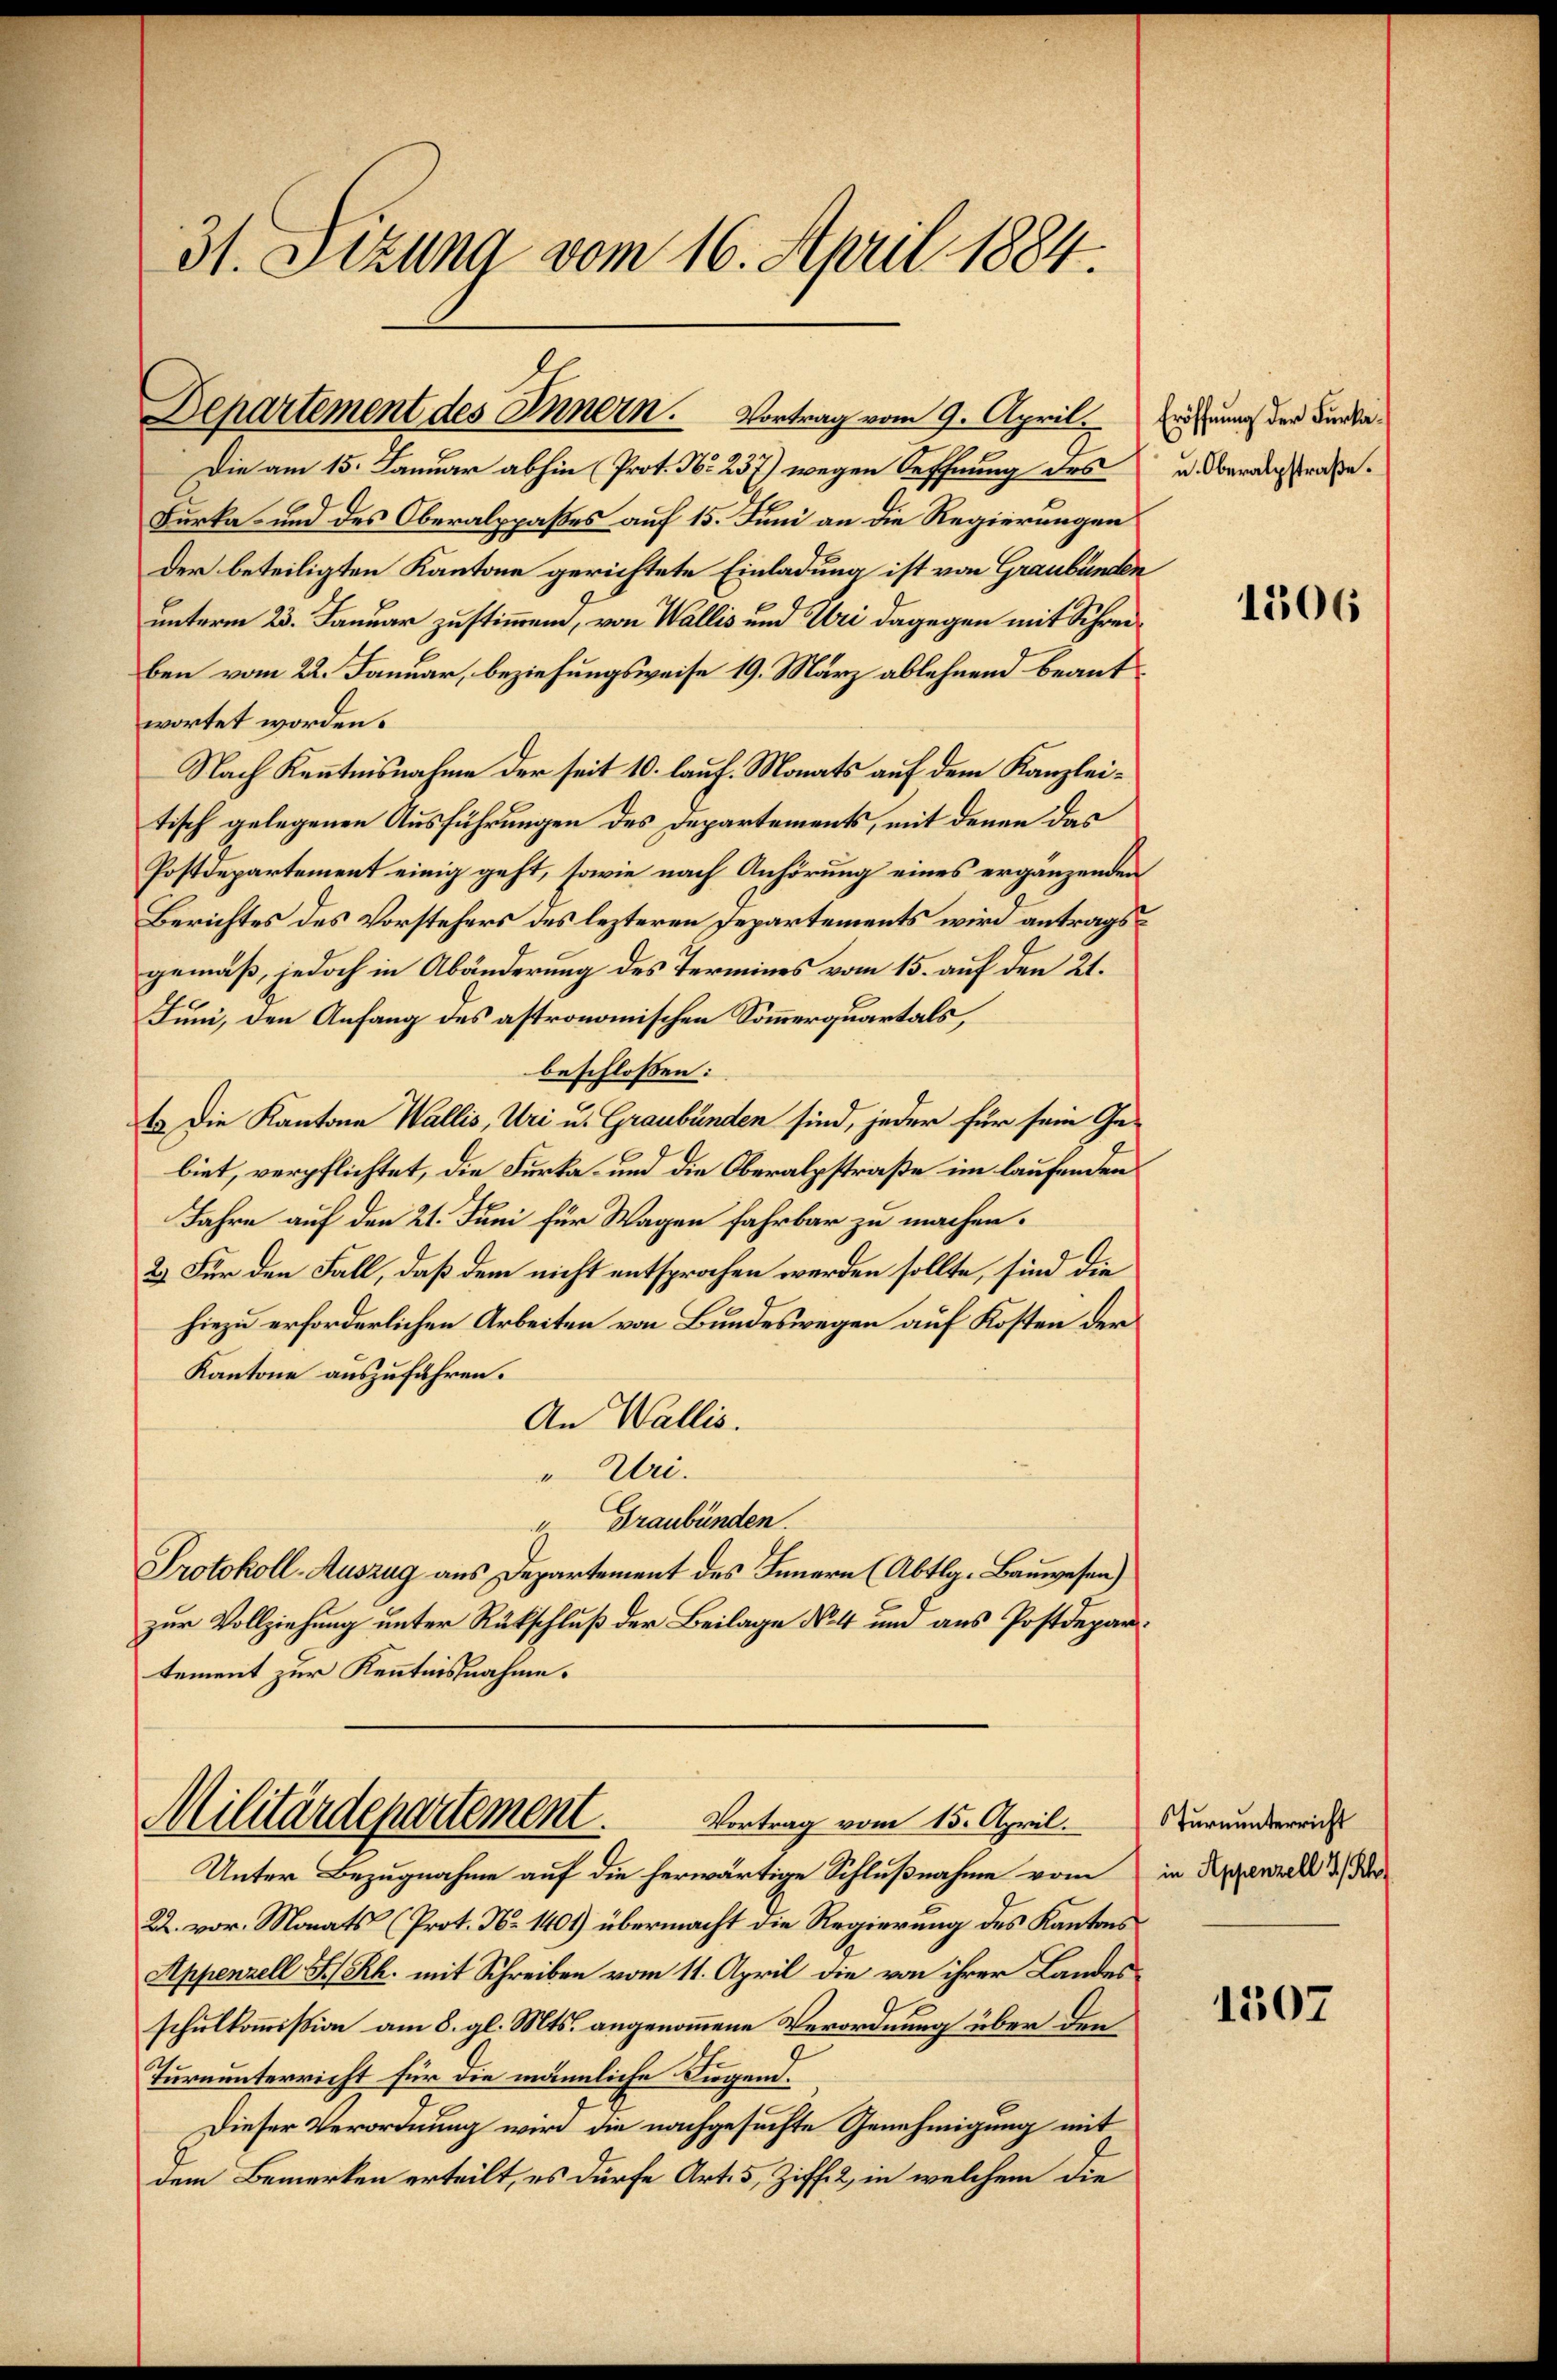
Die am 15. Januar abhin (Prot. No 237) wegen Oeffnung des
Furka und des Oberalppaßes auf 15. Juni an die Regierungen
der beteiligten Kantone gerichtete Einladung ist von Graubünden
unterm 23. Januar zustimmend, von Wallis und Uri dagegen mit Schreiben vom 22. Januar, beziehungsweise 19. März ablehnend beantwortet worden.
Nach Kenntnisnahme der seit 10. lauf. Monats auf dem Kanzleitisch gelegenen Ausführungen des Departements, mit denen das
Postdepartement einig geht, sowie nach Anhörung eines ergänzenden
Berichtes des Vorstehers des lezteren Departements wird antrags
gemäß, jedoch in Abänderung des Termines vom 15. auf den 21.
Juni, den Anfang des astronomischen Sommerquartals,
beschlossen:
b. Die Kantone Wallis, Uri u. Graubünden sind, jeder für sein Gebiet, verpflichtet, die Furka und die Oberalpstraße im laufenden
Jahre auf den 21. Juni für Wagen fahrbar zu machen.
2) Für den Fall, daß dem nicht entsprochen werden sollte, sind die
hiezu erforderlichen Arbeiten von Bundeswegen auf Kosten der
Kantone auszuführen.
An Wallis.
" Uri.
“ Graubünden.
Protokoll-Auszug aus Departement des Innern (Abtlg. Bauwesen)
zur Vollziehung unter Rückschluß der Beilage No 4 und aus Postdepartement zur Kenntnisnahme.

31. Setzung vom 16. April 1884.

Departement des Innern. Vortrag vom 9. April

Militärdepartement.
Vortrag vom 15. April.

Unter Bezugnahme auf die herwärtige Schlußnahme vom in Appenzell, der
22. vor. Monats (Prot. No 1401) übermacht die Regierung des Kantons¬
Appenzell HRh. mit Schreiben vom 11. April die von ihrer Landes
9
schulkommission am 8. gl. Mts. angenommene Verordnung über den
Turnunterricht für die männliche Siegend.
Dieser Verordnung wird die nachgesuchte Genehmigung mit
dem Bemerken erteilt, es dürfe Art. 5, Ziff. 2, in welchem die

Eröffnung der Furka¬
u. Oberalpstraße.

1306

Sturnunterricht

1507